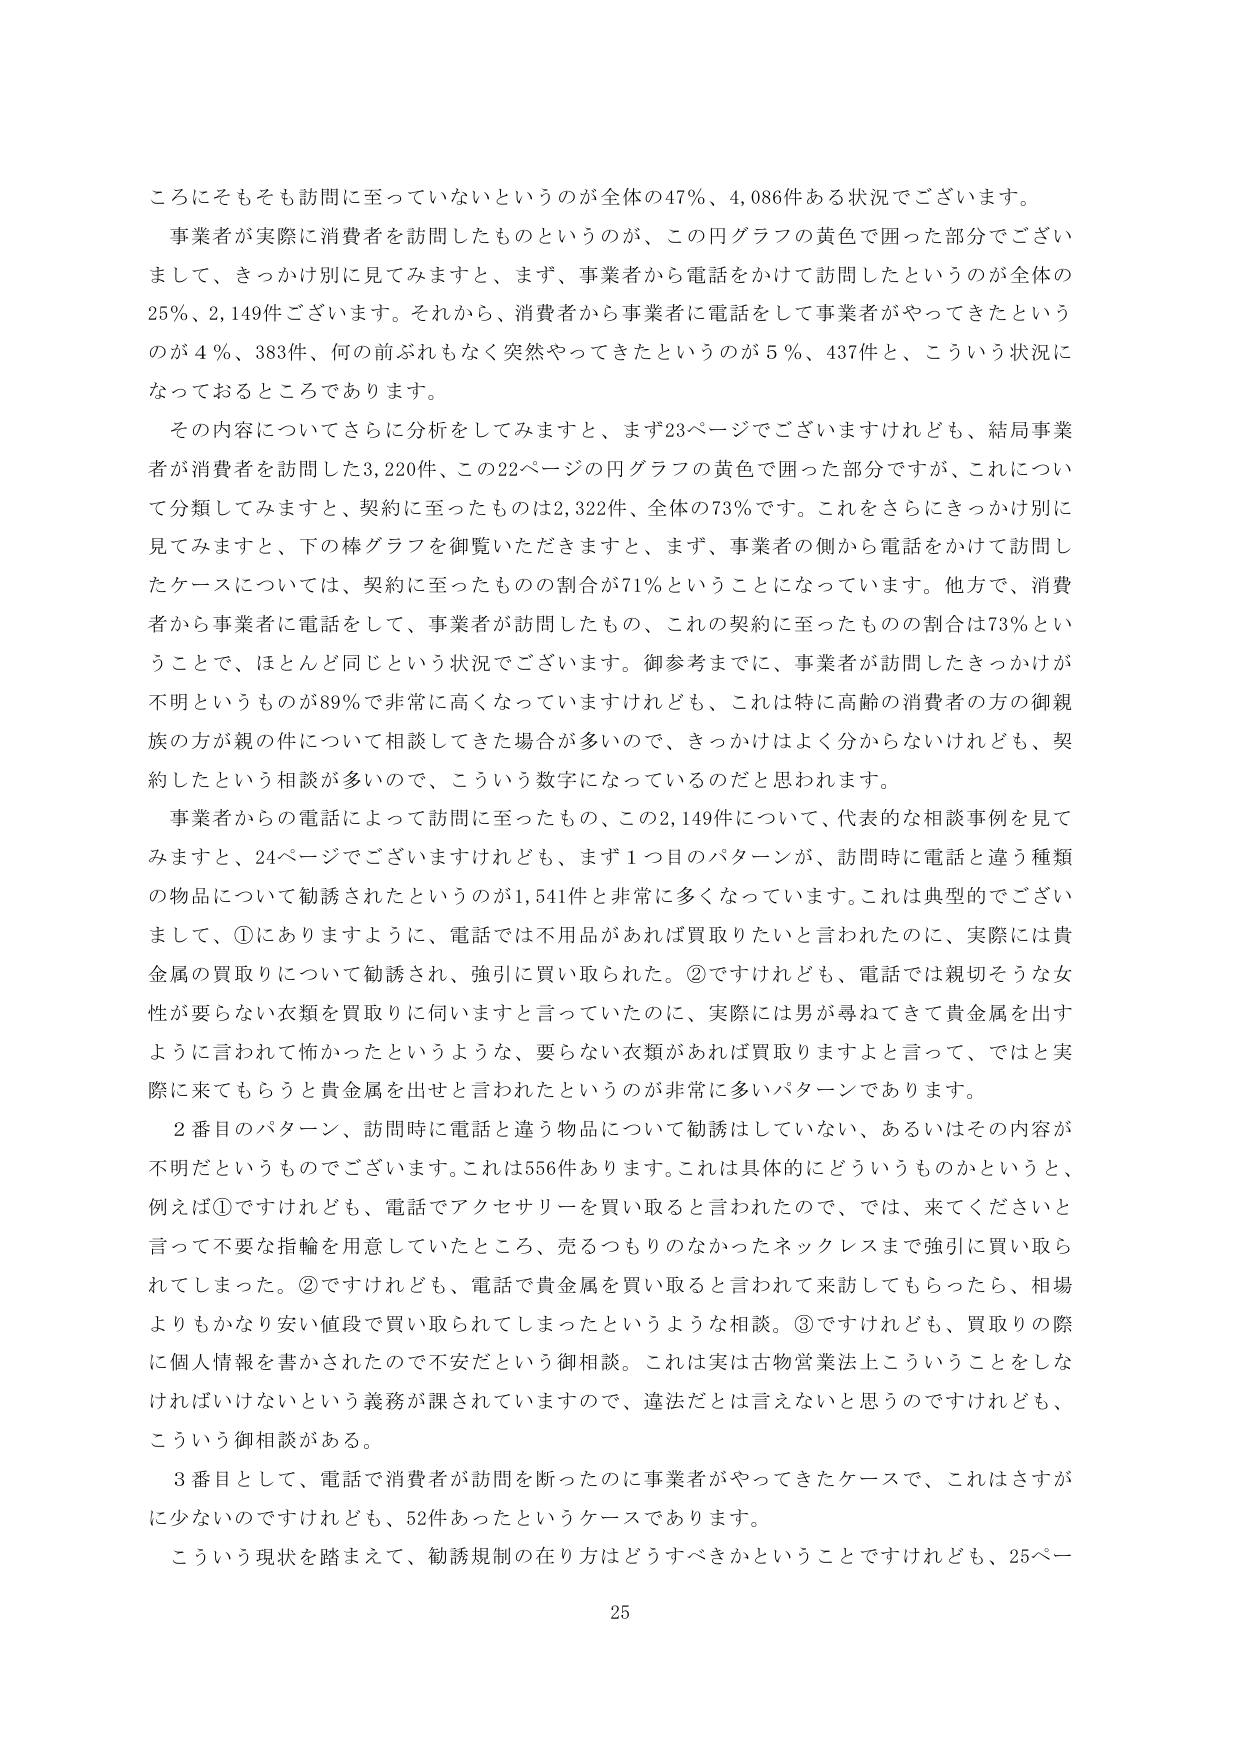
ころにそもそも訪問に至っていないというのが全体の47％、4,086件ある状況でございます。

事業者が実際に消費者を訪問したものというのが、この円グラフの黄色で囲った部分でございまして、きっかけ別に見てみますと、まず、事業者から電話をかけて訪問したというのが全体の25％、2,149件ございます。それから、消費者から事業者に電話をして事業者がやってきたというのが4％、383件、何の前ぶれもなく突然やってきたというのが5％、437件と、こういう状況になっておるところであります。

その内容についてさらに分析をしてみますと、まず23ページでございますけれども、結局事業者が消費者を訪問した3,220件、この22ページの円グラフの黄色で囲った部分ですが、これについて分類してみますと、契約に至ったものは2,322件、全体の73％です。これをさらにきっかけ別に見てみますと、下の棒グラフを御覧いただきますと、まず、事業者の側から電話をかけて訪問したケースについては、契約に至ったものの割合が71％ということになっています。他方で、消費者から事業者に電話をして、事業者が訪問したもの、これの契約に至ったものの割合は73％ということで、ほとんど同じという状況でございます。御参考までに、事業者が訪問したきっかけが不明というものが89％で非常に高くなっていますけれども、これは特に高齢の消費者の方の御親族の方が親の件について相談してきた場合が多いので、きっかけはよく分からないけれども、契約したという相談が多いので、こういう数字になっているのだと思われます。

事業者からの電話によって訪問に至ったもの、この2,149件について、代表的な相談事例を見てみますと、24ページでございますけれども、まず1つ目のパターンが、訪問時に電話と違う種類の物品について勧誘されたというのが1,541件と非常に多くなっています。これは典型的でございまして、①にありますように、電話では不用品があれば買取りたいと言われたのに、実際には貴金属の買取りについて勧誘され、強引に買い取られた。②ですけれども、電話では親切そうな女性が要らない衣類を買取りに伺いますと言っていたのに、実際には男が尋ねてきて貴金属を出すように言われて怖かったというような、要らない衣類があれば買取りますと言って、ではと実際に来てもらうと貴金属を出せと言われたというのが非常に多いパターンであります。

2番目のパターン、訪問時に電話と違う物品について勧誘はしていない、あるいはその内容が不明だというものです。これは556件あります。これは具体的にどういうものかというと、例えば①ですけれども、電話でアクセサリーを買い取ると言われたので、では、来てくださいと言って不要な指輪を用意していたところ、売るつもりのなかったネックレスまで強引に買い取られてしまった。②ですけれども、電話で貴金属を買い取ると言われて来訪してもらったなら、相場よりもかなり安い値段で買い取られてしまったというような相談。③ですけれども、買取りの際に個人情報を書かされたので不安だという御相談。これは実は古物営業法上こういうことをしなければいけないという義務が課されていますので、違法だとは言えないと思うのですけれども、こういう御相談がある。

3番目として、電話で消費者が訪問を断ったのに事業者がやってきたケースで、これはさすがに少ないのですけれども、52件あったというケースであります。

こういう現状を踏まえて、勧誘規制の在り方はどうすべきかということですけれども、25ページ

25